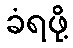
ခံရဖို့